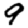
Digit: 9